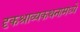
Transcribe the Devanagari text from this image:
दृकश्राव्यकथनामध्ये